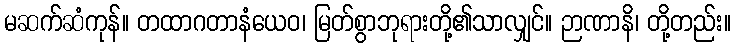
မဆက်ဆံကုန်။ တထာဂတာနံယေဝ၊ မြတ်စွာဘုရားတို့၏သာလျှင်။ ဉာဏာနိ၊ တို့တည်း။